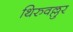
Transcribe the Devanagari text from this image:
थिरुवल्लुर